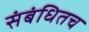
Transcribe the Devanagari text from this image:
संबंधितच